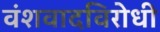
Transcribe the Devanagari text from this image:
वंशवादविरोधी